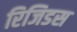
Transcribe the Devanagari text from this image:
रिजिडस